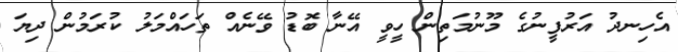
އެހިނދު އަރުފީނުގެ މޫނުމަތިން ހީވީ އޭނާ ބޮޑު ވޭނެއް ތަހައްމަލު ކުރަމުން ދިޔަ